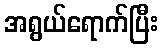
အရွယ်ရောက်ပြီး